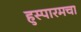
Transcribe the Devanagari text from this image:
हुस्पारमचा